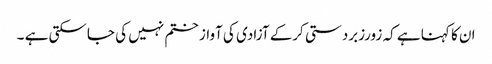
ان کا کہنا ہے کہ زورزبردستی کرکے آزادی کی آواز ختم نہیں کی جاسکتی ہے ۔